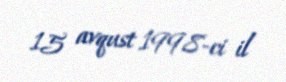
15 avqust 1998-ci il